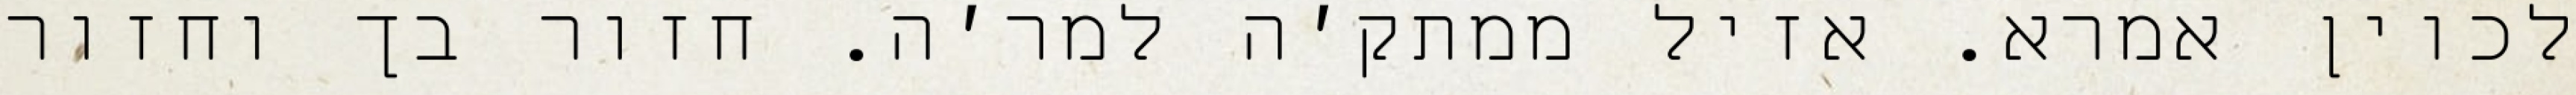
לכוין אמרא. אזיל ממתק׳ה למר׳ה. חזור בך וחזור